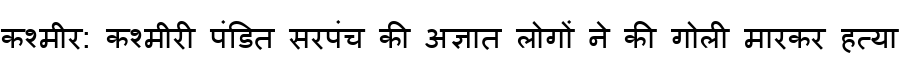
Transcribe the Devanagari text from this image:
कश्मीर: कश्मीरी पंडित सरपंच की अज्ञात लोगों ने की गोली मारकर हत्या